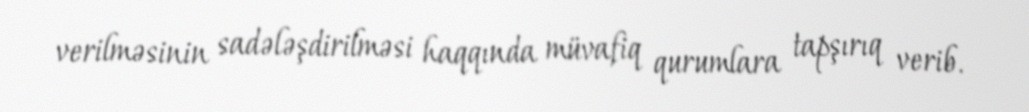
verilməsinin sadələşdirilməsi haqqında müvafiq qurumlara tapşırıq verib.